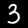
Digit: 3